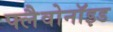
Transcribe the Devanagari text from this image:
फ्लैवोनाॅइड